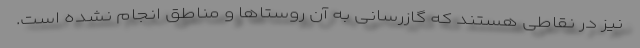
نیز در نقاطی هستند که گازرسانی به آن روستاها و مناطق انجام نشده است.